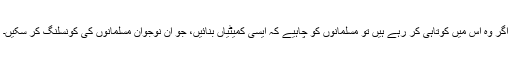
اگر وہ اس میں کوتاہی کر رہے ہیں تو مسلمانوں کو چاہیے کہ ایسی کمیٹیاں بنائیں، جو ان نوجوان مسلمانوں کی کونسلنگ کر سکیں۔